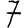
Digit: 7